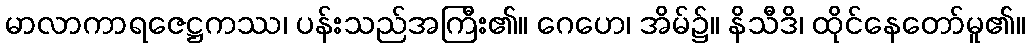
မာလာကာရဇေဋ္ဌကဿ၊ ပန်းသည်အကြီး၏။ ဂေဟေ၊ အိမ်၌။ နိသီဒိ၊ ထိုင်နေတော်မူ၏။